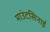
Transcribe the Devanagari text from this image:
माउंटसिनाई